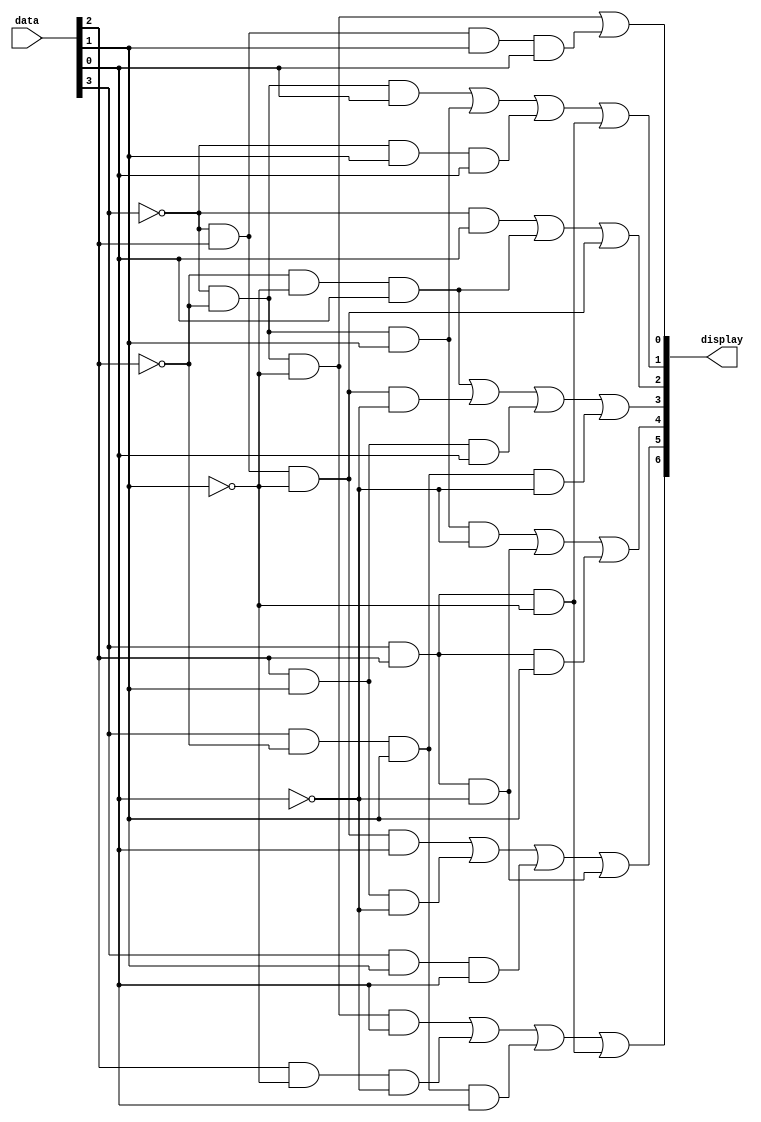
module decodificador (
  input [3:0] data,
  output reg[0:6] display
);

  always @(data) begin
    display[0] <= (~data[3] && ~data[2] && ~data[1] && data[0]) || (data[2] && ~data[1] && ~data[0]) || (data[3] && ~data[2] && data[1] && data[0]) || (data[3] && data[2] && ~data[1]);
    display[1] <= (~data[3] && data[2] && ~data[1] && data[0]) || (data[2] && data[1] && ~data[0]) || (data[3] && data[1] && data[0]) || (data[3] && data[2] && ~data[0]);
    display[2] <= (~data[3] && ~data[2] && data[1] && ~data[0]) || (data[3] && data[2] && ~data[0]) || (data[3] && data[2] && data[1]);
    display[3] <= (~data[2] && ~data[1] && data[0]) || (~data[3] && data[2] && ~data[1] && ~data[0]) || (data[2] && data[1] && data[0]) || (data[3] && ~data[2] && data[1] && ~data[0]);
    display[4] <= (~data[3] && data[0]) || (~data[2] && ~data[1] && data[0]) || (~data[3] && data[2] && ~data[1]);
    display[5] <= (~data[3] && ~data[2] && data[0]) || (~data[3] && ~data[2] && data[1]) || (~data[3] && data[1] && data[0]) || (data[3] && data[2] && ~data[1]);
    display[6] <= (~data[3] && ~data[2] && ~data[1]) || (~data[3] && data[2] && data[1] && data[0]);
  end

endmodule